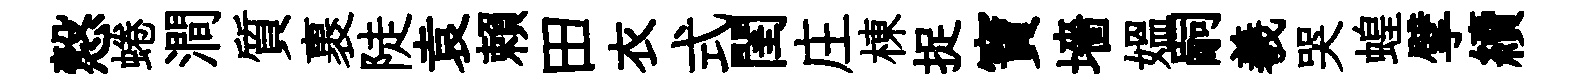
慤蜷澗質裹陡袁賴田衣式閨庄棟捉寶墻媪嗣羲哭蝗擘續